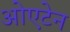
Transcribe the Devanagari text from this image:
ओएटेन